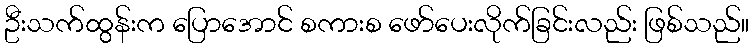
ဦးသက်ထွန်းက ပြောအောင် စကားစ ဖော်ပေးလိုက်ခြင်းလည်း ဖြစ်သည်။